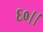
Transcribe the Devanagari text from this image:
६०।।